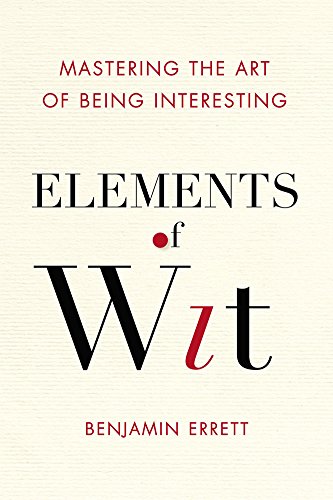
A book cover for Elements of Wit: Mastering the Art of Being Interesting; Benjamin Errett; Self-Help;